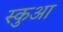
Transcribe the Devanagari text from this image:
स्कुआ